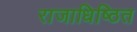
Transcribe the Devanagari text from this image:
राजाधिष्ठित